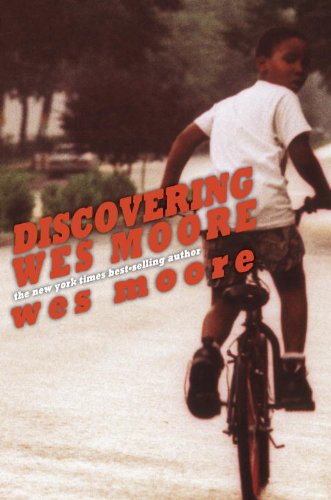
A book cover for Discovering Wes Moore (The Young Adult Adaptation); Wes Moore; Teen & Young Adult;